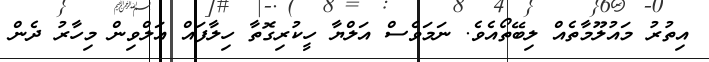
އިތުރު މައުލޫމާތެއް ލިބޭތޯއެވެ. ނަމަވެސް އަލްޔާ ހީކުރިގޮތާ ހިލާފައް އަލްވިން މިހާރު ދެން